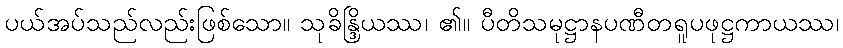
ပယ်အပ်သည်လည်းဖြစ်သော။ သုခိန္ဒြိယဿ၊ ၏။ ပီတိသမုဋ္ဌာနပဏီတရူပဖုဋ္ဌကာယဿ၊